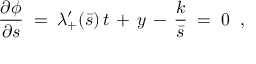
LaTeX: \frac { \partial \phi } { \partial s } \; = \; \lambda _ { + } ^ { \prime } ( \bar { s } ) \, t \, + \, y \, - \, \frac { k } { \bar { s } } \; = \; 0 \; \; ,